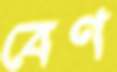
বেণ